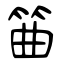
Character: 筁